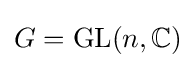
G=\operatorname {GL} (n,\mathbb {C} )